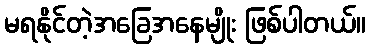
မရနိုင်တဲ့အခြေအနေမျိုး ဖြစ်ပါတယ်။